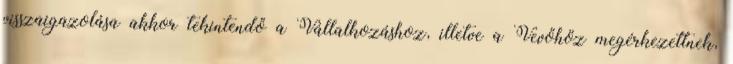
visszaigazolása akkor tekintendő a Vállalkozáshoz, illetve a Vevőhöz megérkezettnek,